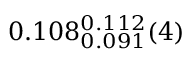
0 . 1 0 8 _ { 0 . 0 9 1 } ^ { 0 . 1 1 2 } ( 4 )